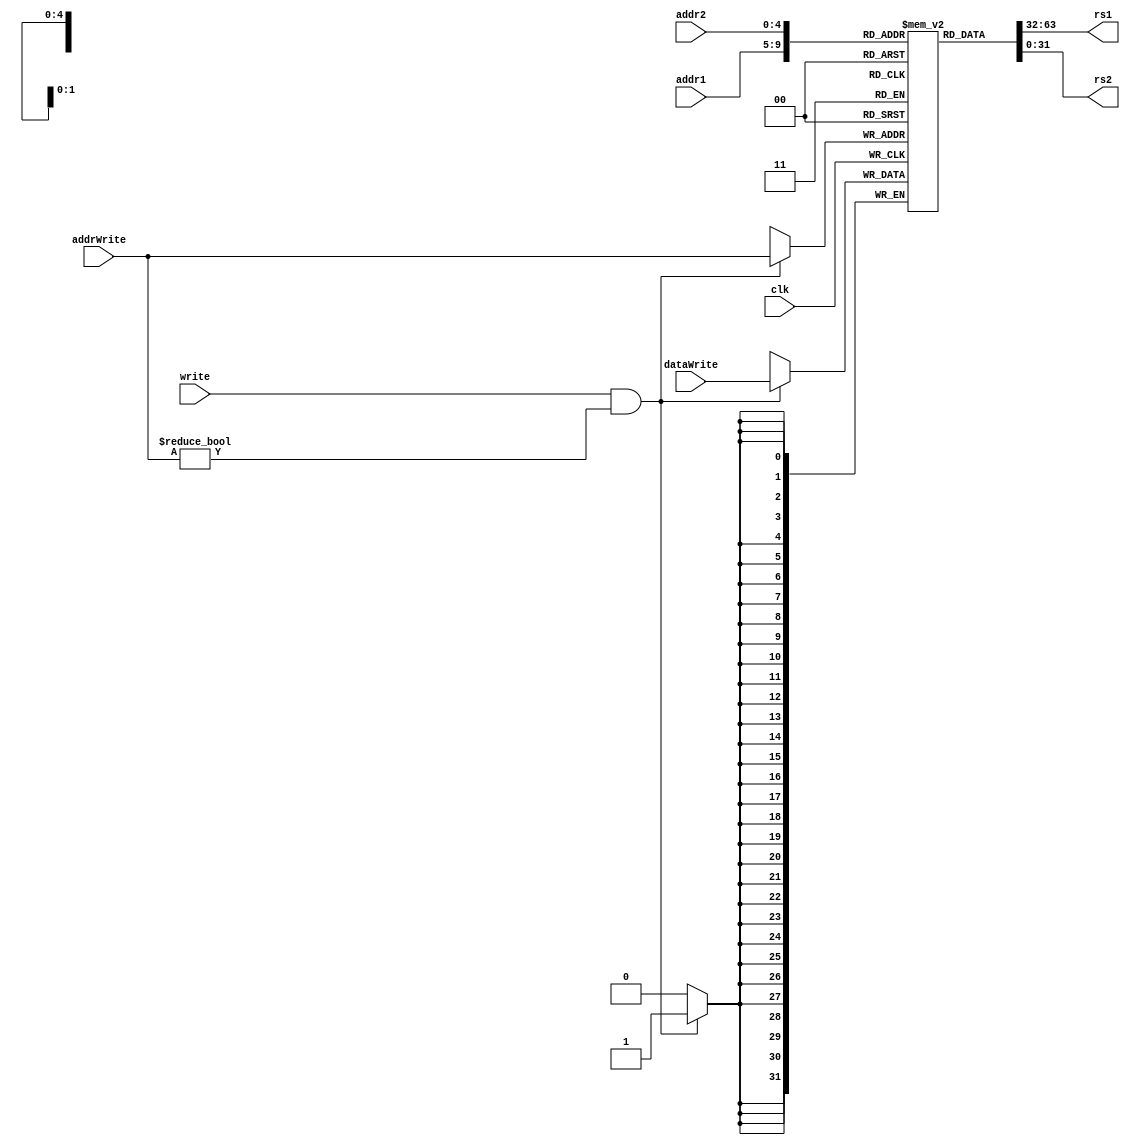
module regfile(clk, addr1, addr2, addrWrite, write, dataWrite, rs1, rs2);
	input clk, write;
	input [31:0] dataWrite;
	input [4:0] addr1, addr2, addrWrite;
	output reg[31:0] rs1, rs2;

	reg[31:0] registers[31:0]; // 32-bit registers x 32

	integer i;
	initial begin
		$dumpfile("core.vcd");
		for (i = 0; i < 32; i = i + 1) begin
			registers[i] <= 0;
			$dumpvars(0, registers[i]);
		end
	end

	always @ (posedge clk) begin
		if (write && addrWrite != 5'b00000)
			registers[addrWrite] <= dataWrite;
	end

	always @* begin
		rs1 <= registers[addr1];
		rs2 <= registers[addr2];
	end



endmodule